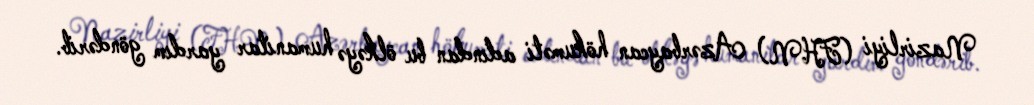
Nazirliyi (FHN) Azərbaycan hökuməti adından bu ölkəyə humanitar yardım göndərib.